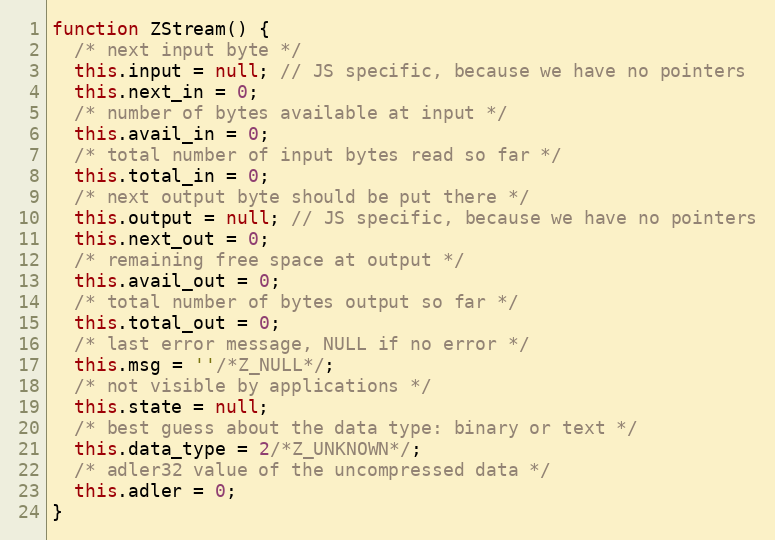
Language: JavaScript
function ZStream() {
  /* next input byte */
  this.input = null; // JS specific, because we have no pointers
  this.next_in = 0;
  /* number of bytes available at input */
  this.avail_in = 0;
  /* total number of input bytes read so far */
  this.total_in = 0;
  /* next output byte should be put there */
  this.output = null; // JS specific, because we have no pointers
  this.next_out = 0;
  /* remaining free space at output */
  this.avail_out = 0;
  /* total number of bytes output so far */
  this.total_out = 0;
  /* last error message, NULL if no error */
  this.msg = ''/*Z_NULL*/;
  /* not visible by applications */
  this.state = null;
  /* best guess about the data type: binary or text */
  this.data_type = 2/*Z_UNKNOWN*/;
  /* adler32 value of the uncompressed data */
  this.adler = 0;
}